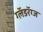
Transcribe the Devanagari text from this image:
ग्लॅडरॅग्ज